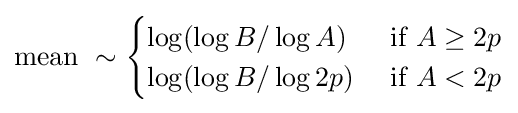
{\text{mean }}\sim {\begin{cases}\log(\log B/\log A)&{\text{ if }}A\geq 2p\\\log(\log B/\log 2p)&{\text{ if }}A<2p\end{cases}}